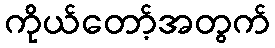
ကိုယ်တော့်အတွက်